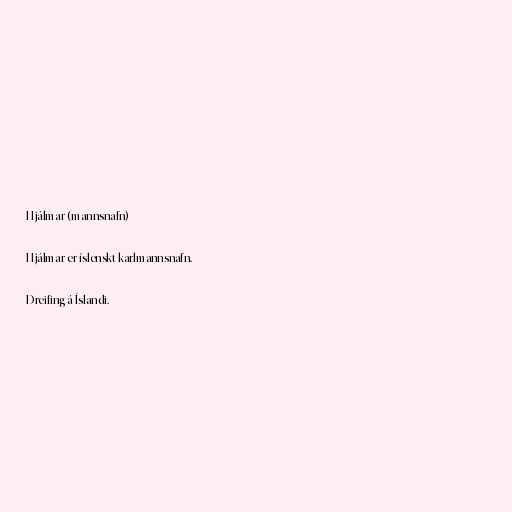
Hjálmar (mannsnafn)

Hjálmar er íslenskt karlmannsnafn.

Dreifing á Íslandi.